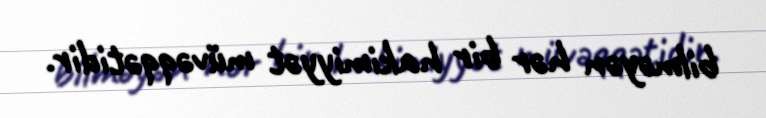
bilməyən hər bir hakimiyyət müvəqqətidir.